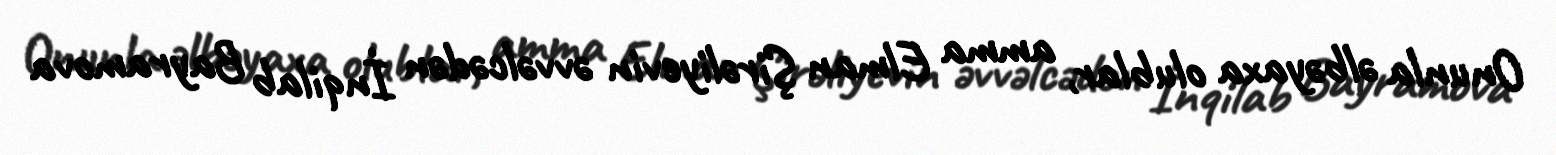
Onunla əlbəyaxa olublar, amma Elman Şirəliyevin əvvəlcədən İnqilab Bayramova